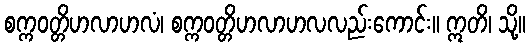
စက္ကဝတ္တိဟလာဟလံ၊ စက္ကဝတ္တိဟလာဟလလည်းကောင်း။ ဣတိ၊ သို့။